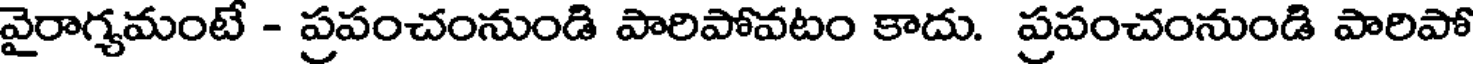
వైరాగ్యమంటే - ప్రపంచంనుండి పారిపోవటం కాదు. ప్రపంచంనుండి పారిపో